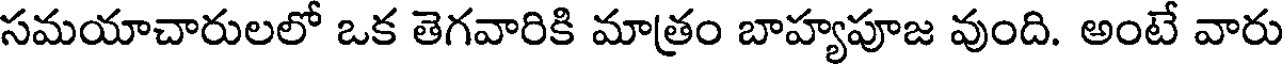
సమయాచారులలో ఒక తెగవారికి మాత్రం బాహ్యపూజ వుంది. అంటే వారు